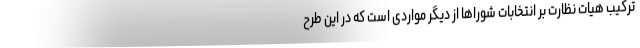
ترکیب هیات نظارت بر انتخابات شوراها از دیگر مواردی است که در این طرح